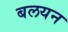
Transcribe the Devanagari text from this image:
बलयन